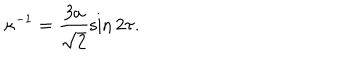
LaTeX: \kappa ^ { - 1 } = \frac { 3 a } { \sqrt { 2 } } \sin 2 \tau .